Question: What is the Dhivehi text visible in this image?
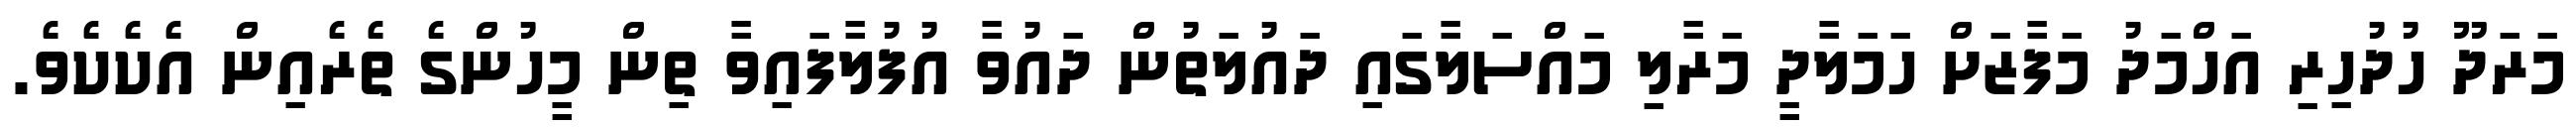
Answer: މަރަދޫ ހުދުހިރި އަހްމަދު މަފާޒަށް ހަމަލާދީ މަރާލި މައްސަލާގައި ދައުލަތުން ދައުވާ އުފުލާފައިވާ ތިން މީހުންގެ ތެރެއިން އެކެކެވެ.